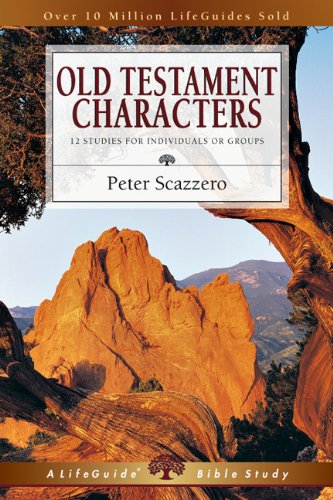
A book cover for Old Testament Characters: 12 Studies for Individuals or Groups, With Notes for Leaders (Lifeguide Bible Studies); Peter Scazzero; Christian Books & Bibles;